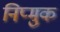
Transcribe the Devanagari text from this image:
निप्मुक